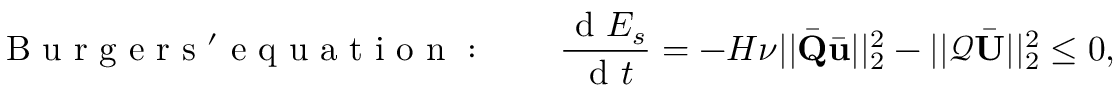
\mathrm { ~ B ~ u ~ r ~ g ~ e ~ r ~ s ~ ' ~ e ~ q ~ u ~ a ~ t ~ i ~ o ~ n ~ : ~ } \qquad \frac { \mathrm { ~ d ~ } E _ { s } } { \mathrm { ~ d ~ } t } = - H \nu | | \bar { \mathbf { Q } } \bar { \mathbf { u } } | | _ { 2 } ^ { 2 } - | | \mathcal { Q } \bar { \mathbf { U } } | | _ { 2 } ^ { 2 } \leq 0 ,